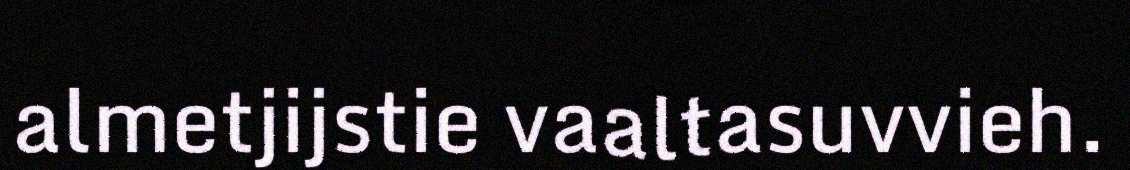
almetjijstie vaaltasuvvieh.